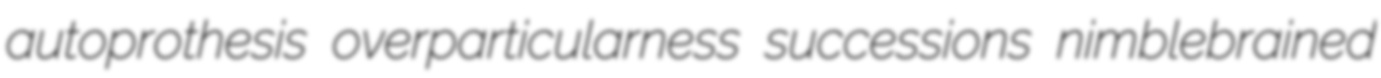
autoprothesis overparticularness successions nimblebrained